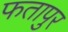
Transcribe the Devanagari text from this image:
फतापुर